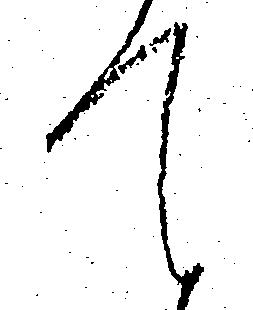
て